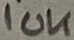
Text: 10K